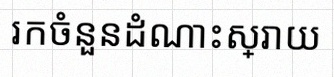
រកចំនួនដំណោះស្រាយ